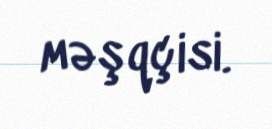
məşqçisi.